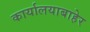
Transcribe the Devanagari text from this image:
कार्यालयाबाहेर